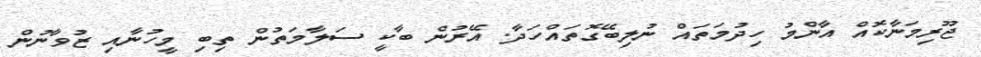
ޖޫރިމަނާކޮއް އާންމު ހިދުމަތައް ނުލިބޭގޮތައްހަދާ. އޭރުން ބާކީ ސަލާމަތުން ތިބި މީހުނާއި ޒުވާނުން